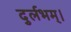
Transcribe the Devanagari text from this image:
दुर्लभम्।